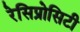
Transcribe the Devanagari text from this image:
रेसिप्रोसिटी